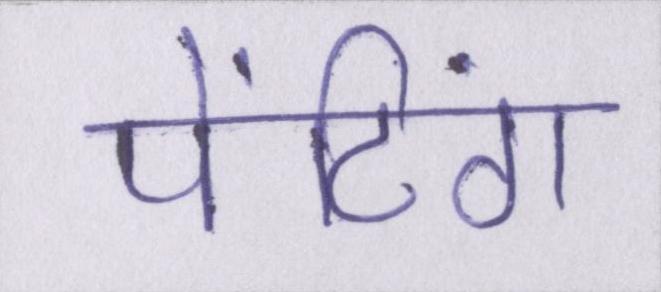
पेंटिंग